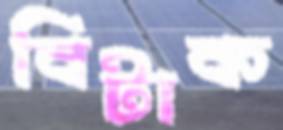
বিটাক